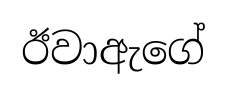
ඊවාඇගේ